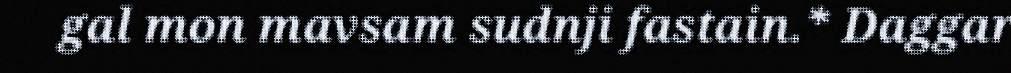
gal mon mavsam sudnji fastain.* Daggar